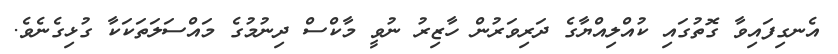
އެނގިފައިވާ ގޮތުގައި ކުއްލިއްޔާގެ ދަރިވަރުން ހާޒިރު ނުވީ މާކްސް ދިނުމުގެ މައްސަލަތަކަކާ ގުޅިގެނެވެ.